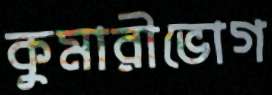
কুমারীভোগ